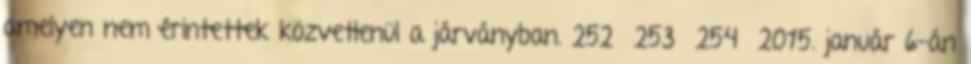
amelyen nem érintettek közvetlenül a járványban. 252 253 254 2015. január 6-án